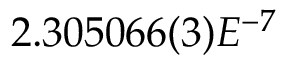
2 . 3 0 5 0 6 6 ( 3 ) E ^ { - 7 }